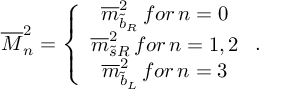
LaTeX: \overline { { { M } } } _ { n } ^ { 2 } = \left\{ \begin{array} { c } { { \overline { { { m } } } _ { \widetilde { b } _ { R } } ^ { 2 } \, f o r \, n = 0 } } \\ { { \overline { { { m } } } _ { \widetilde { s } R } ^ { 2 } \, f o r \, n = 1 , 2 } } \\ { { \overline { { { m } } } _ { \widetilde { b } _ { L } } ^ { 2 } \, f o r \, n = 3 } } \end{array} \right. .